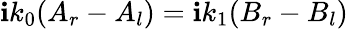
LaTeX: \mathbf{i}k_{0}(A_{r}-A_{l})=\mathbf{i}k_{1}(B_{r}-B_{l})